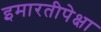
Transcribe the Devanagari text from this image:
इमारतीपेक्षा